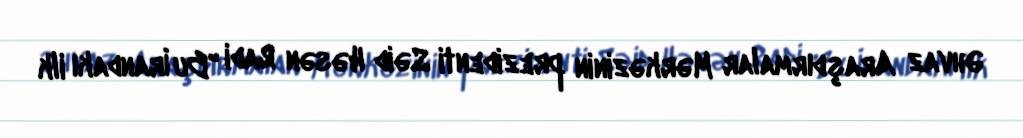
Əhvaz Araşdırmalar Mərkəzinin prezidenti Səid Həsən Radi "Bu İrandakı ilk